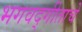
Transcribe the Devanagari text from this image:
भगवद्गीताचे